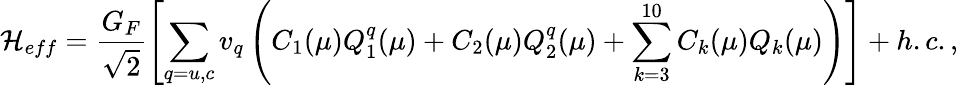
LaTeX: {\cal{H}}_{eff}=\frac{G_{F}}{\sqrt{2}}\left[\sum_{q=u,c}v_{q}\left(C_{1}(\mu)Q_{1}^{q}(\mu)+C_{2}(\mu)Q_{2}^{q}(\mu)+\sum_{k=3}^{10}C_{k}(\mu)Q_{k}(\mu)\right)\right]+h.c.,